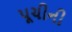
પૂચીની